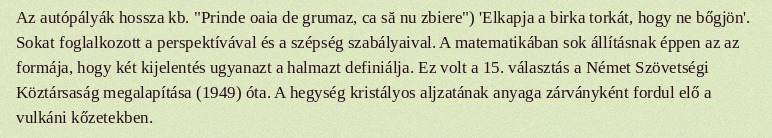
Az autópályák hossza kb. "Prinde oaia de grumaz, ca să nu zbiere") 'Elkapja a birka torkát, hogy ne bőgjön'. Sokat foglalkozott a perspektívával és a szépség szabályaival. A matematikában sok állításnak éppen az az formája, hogy két kijelentés ugyanazt a halmazt definiálja. Ez volt a 15. választás a Német Szövetségi Köztársaság megalapítása (1949) óta. A hegység kristályos aljzatának anyaga zárványként fordul elő a vulkáni kőzetekben.